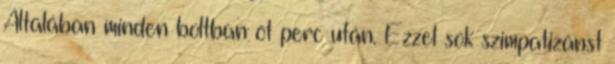
Általában minden boltban öt perc után. Ezzel sok szimpatizánst